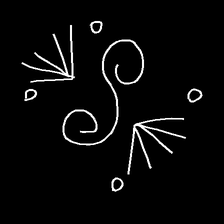
Glyph: aeroform